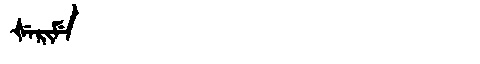
Manchu: ᡧᡝᡵᡳᠮᡝ
Romanization: ŠERIME